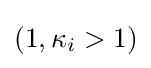
\left(1,\kappa _{i}>1\right)